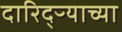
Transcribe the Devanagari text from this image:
दारिद्ऱ्याच्या